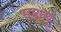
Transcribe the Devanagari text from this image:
भृशम्‌